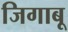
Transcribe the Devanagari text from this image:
जिगाबू